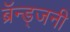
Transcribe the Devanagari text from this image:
ब्रॅन्ड्जनी